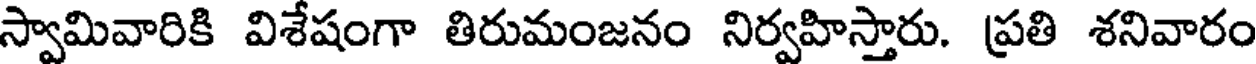
స్వామివారికి విశేషంగా తిరుమంజనం నిర్వహిస్తారు. ప్రతి శనివారం